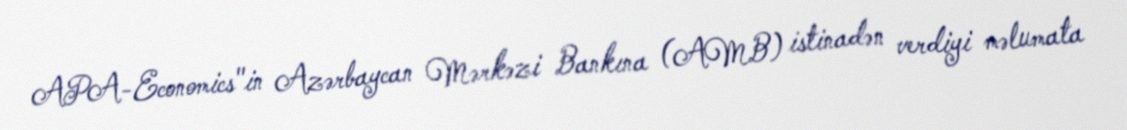
APA-Economics"in Azərbaycan Mərkəzi Bankına (AMB) istinadən verdiyi məlumata